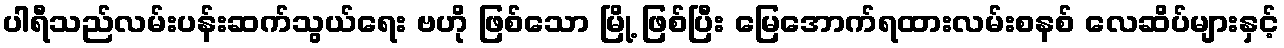
ပါရီသည်လမ်းပန်းဆက်သွယ်ရေး ဗဟို ဖြစ်သော မြို့ ဖြစ်ပြီး မြေအောက်ရထားလမ်းစနစ် လေဆိပ်များနှင့်